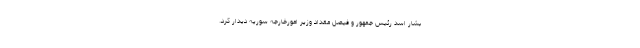
بشار اسد رئیس جمهور و فیصل مقداد وزیر امورخارجه سوریه دیدار کرد.